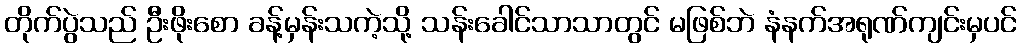
တိုက်ပွဲသည် ဦးဖိုးစော ခန့်မှန်းသကဲ့သို့ သန်းခေါင်သာသာတွင် မဖြစ်ဘဲ နံနက်အရုဏ်ကျင်းမှပင်